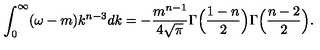
\int _ { 0 } ^ { \infty } ( \omega - m ) k ^ { n - 3 } d k = - \frac { m ^ { n - 1 } } { 4 \sqrt { \pi } } \Gamma \Bigl ( \frac { 1 - n } { 2 } \Bigr ) \Gamma \Bigl ( \frac { n - 2 } { 2 } \Bigr ) .